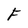
Character: F